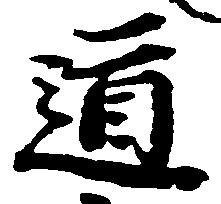
道